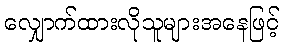
လျှောက်ထားလိုသူများအနေဖြင့်